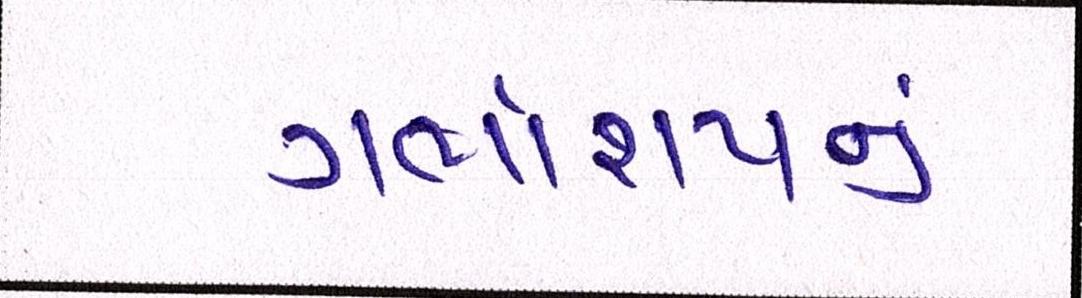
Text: ગર્ભાશયનું